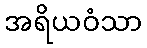
အရိယဝံသာ